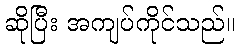
ဆိုပြီး အကျပ်ကိုင်သည်။